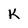
Character: K